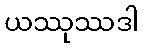
ယဿုဿဒါ